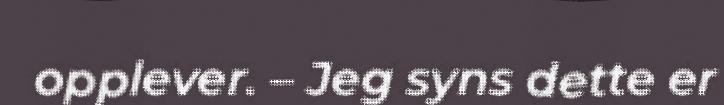
opplever. – Jeg syns dette er